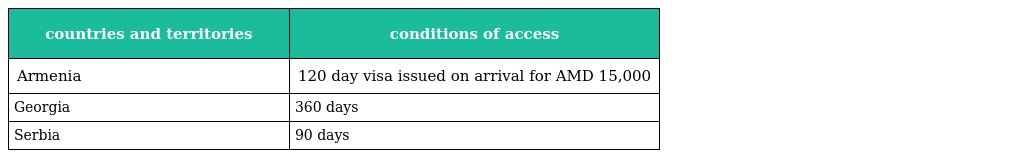
| countries and territories | conditions of access |
 | --- | --- |
 | Armenia | 120 day visa issued on arrival for AMD 15,000 |
 | Georgia | 360 days |
 | Serbia | 90 days |